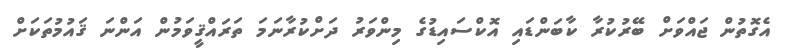
އެގޮތުން ޖައްވަށް ބޭރުކުރާ ކާބަންޑައި އޮކްސައިޑުގެ މިންވަރު ދަށްކުރާނަމަ ތަރައްޤީވަމުން އަންނަ ޤައުމުތަކަށް